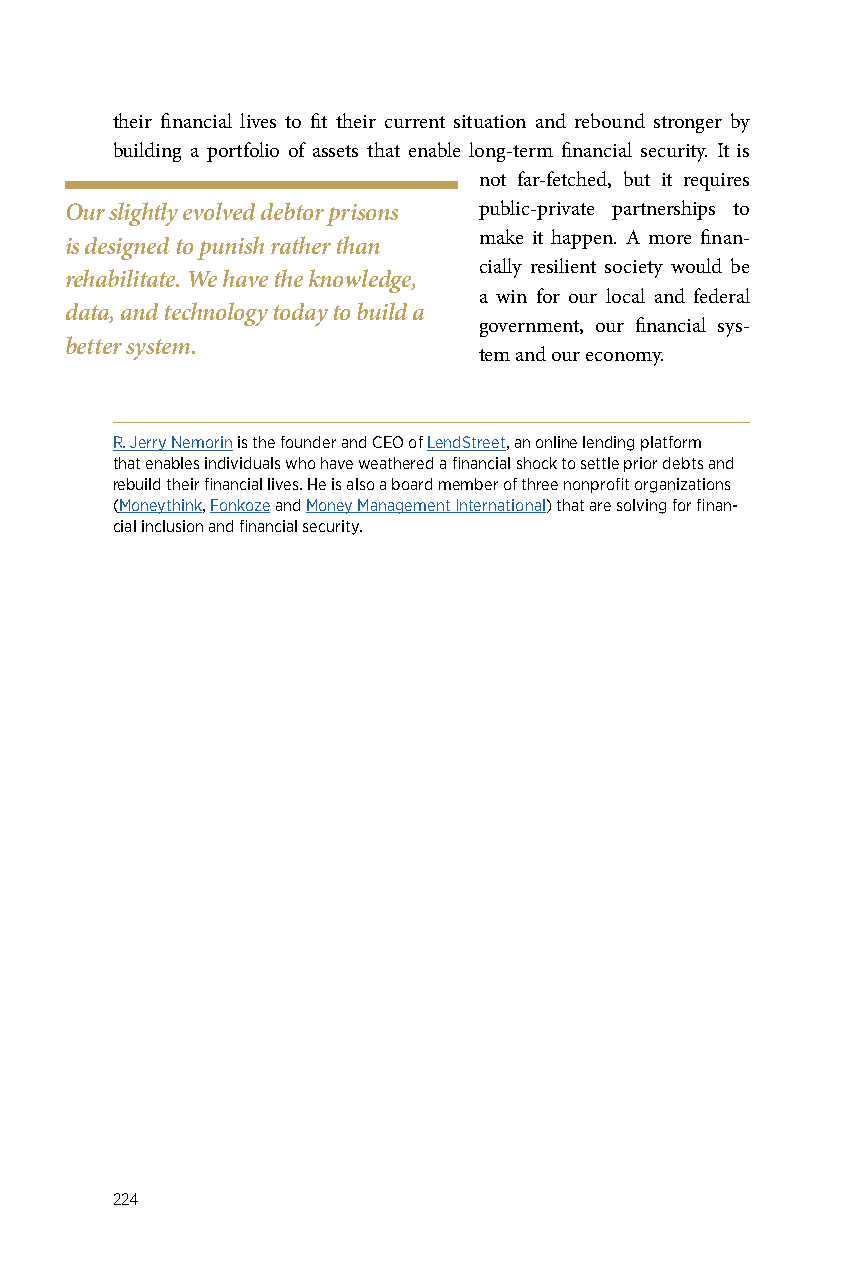
their financial lives to fit their current situation and rebound stronger by
 building a portfolio of assets that enable long-term financial security. It is
 not far-fetched, but it requires
 Our slightly evolved debtor prisons public-private partnerships to
 make it happen. A more finan-
 is designed to punish rather than
 cially resilient society would be
 rehabilitate. We have the knowledge,
 a win for our local and federal
 data, and technology today to build a
 government, our financial sys-
 better system.
 tem and our economy.
 R. Jerry Nemorin is the founder and CEO of LendStreet, an online lending platform
 that enables individuals who have weathered a financial shock to settle prior debts and
 rebuild their financial lives. He is also a board member of three nonprofit organizations
 (Moneythink, Fonkoze and Money Management International) that are solving for finan-
 cial inclusion and financial security.
 224